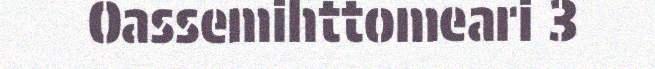
Oassemihttomeari 3